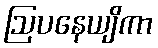
ဩပနေယျိကာ